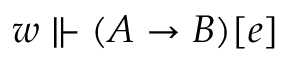
w \Vdash ( A \to B ) [ e ]